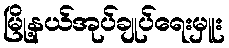
မြို့နယ်အုပ်ချုပ်ရေးမှူး